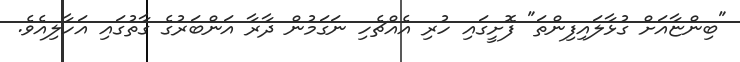
"ބިންޏާއަށް ގުޅާލައިފިންތަ" ފޮށީގައި ހުރި އެއްޗެހި ނަގަމުން ދާރާ އަންބަރުގެ ގާތުގައި އަހާލިއެވެ.